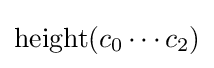
\operatorname {height} (c_{0}\cdots c_{2})